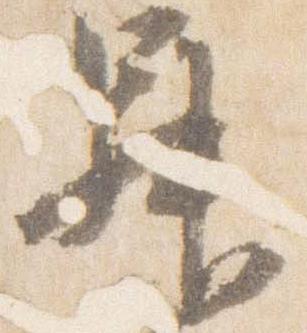
昇